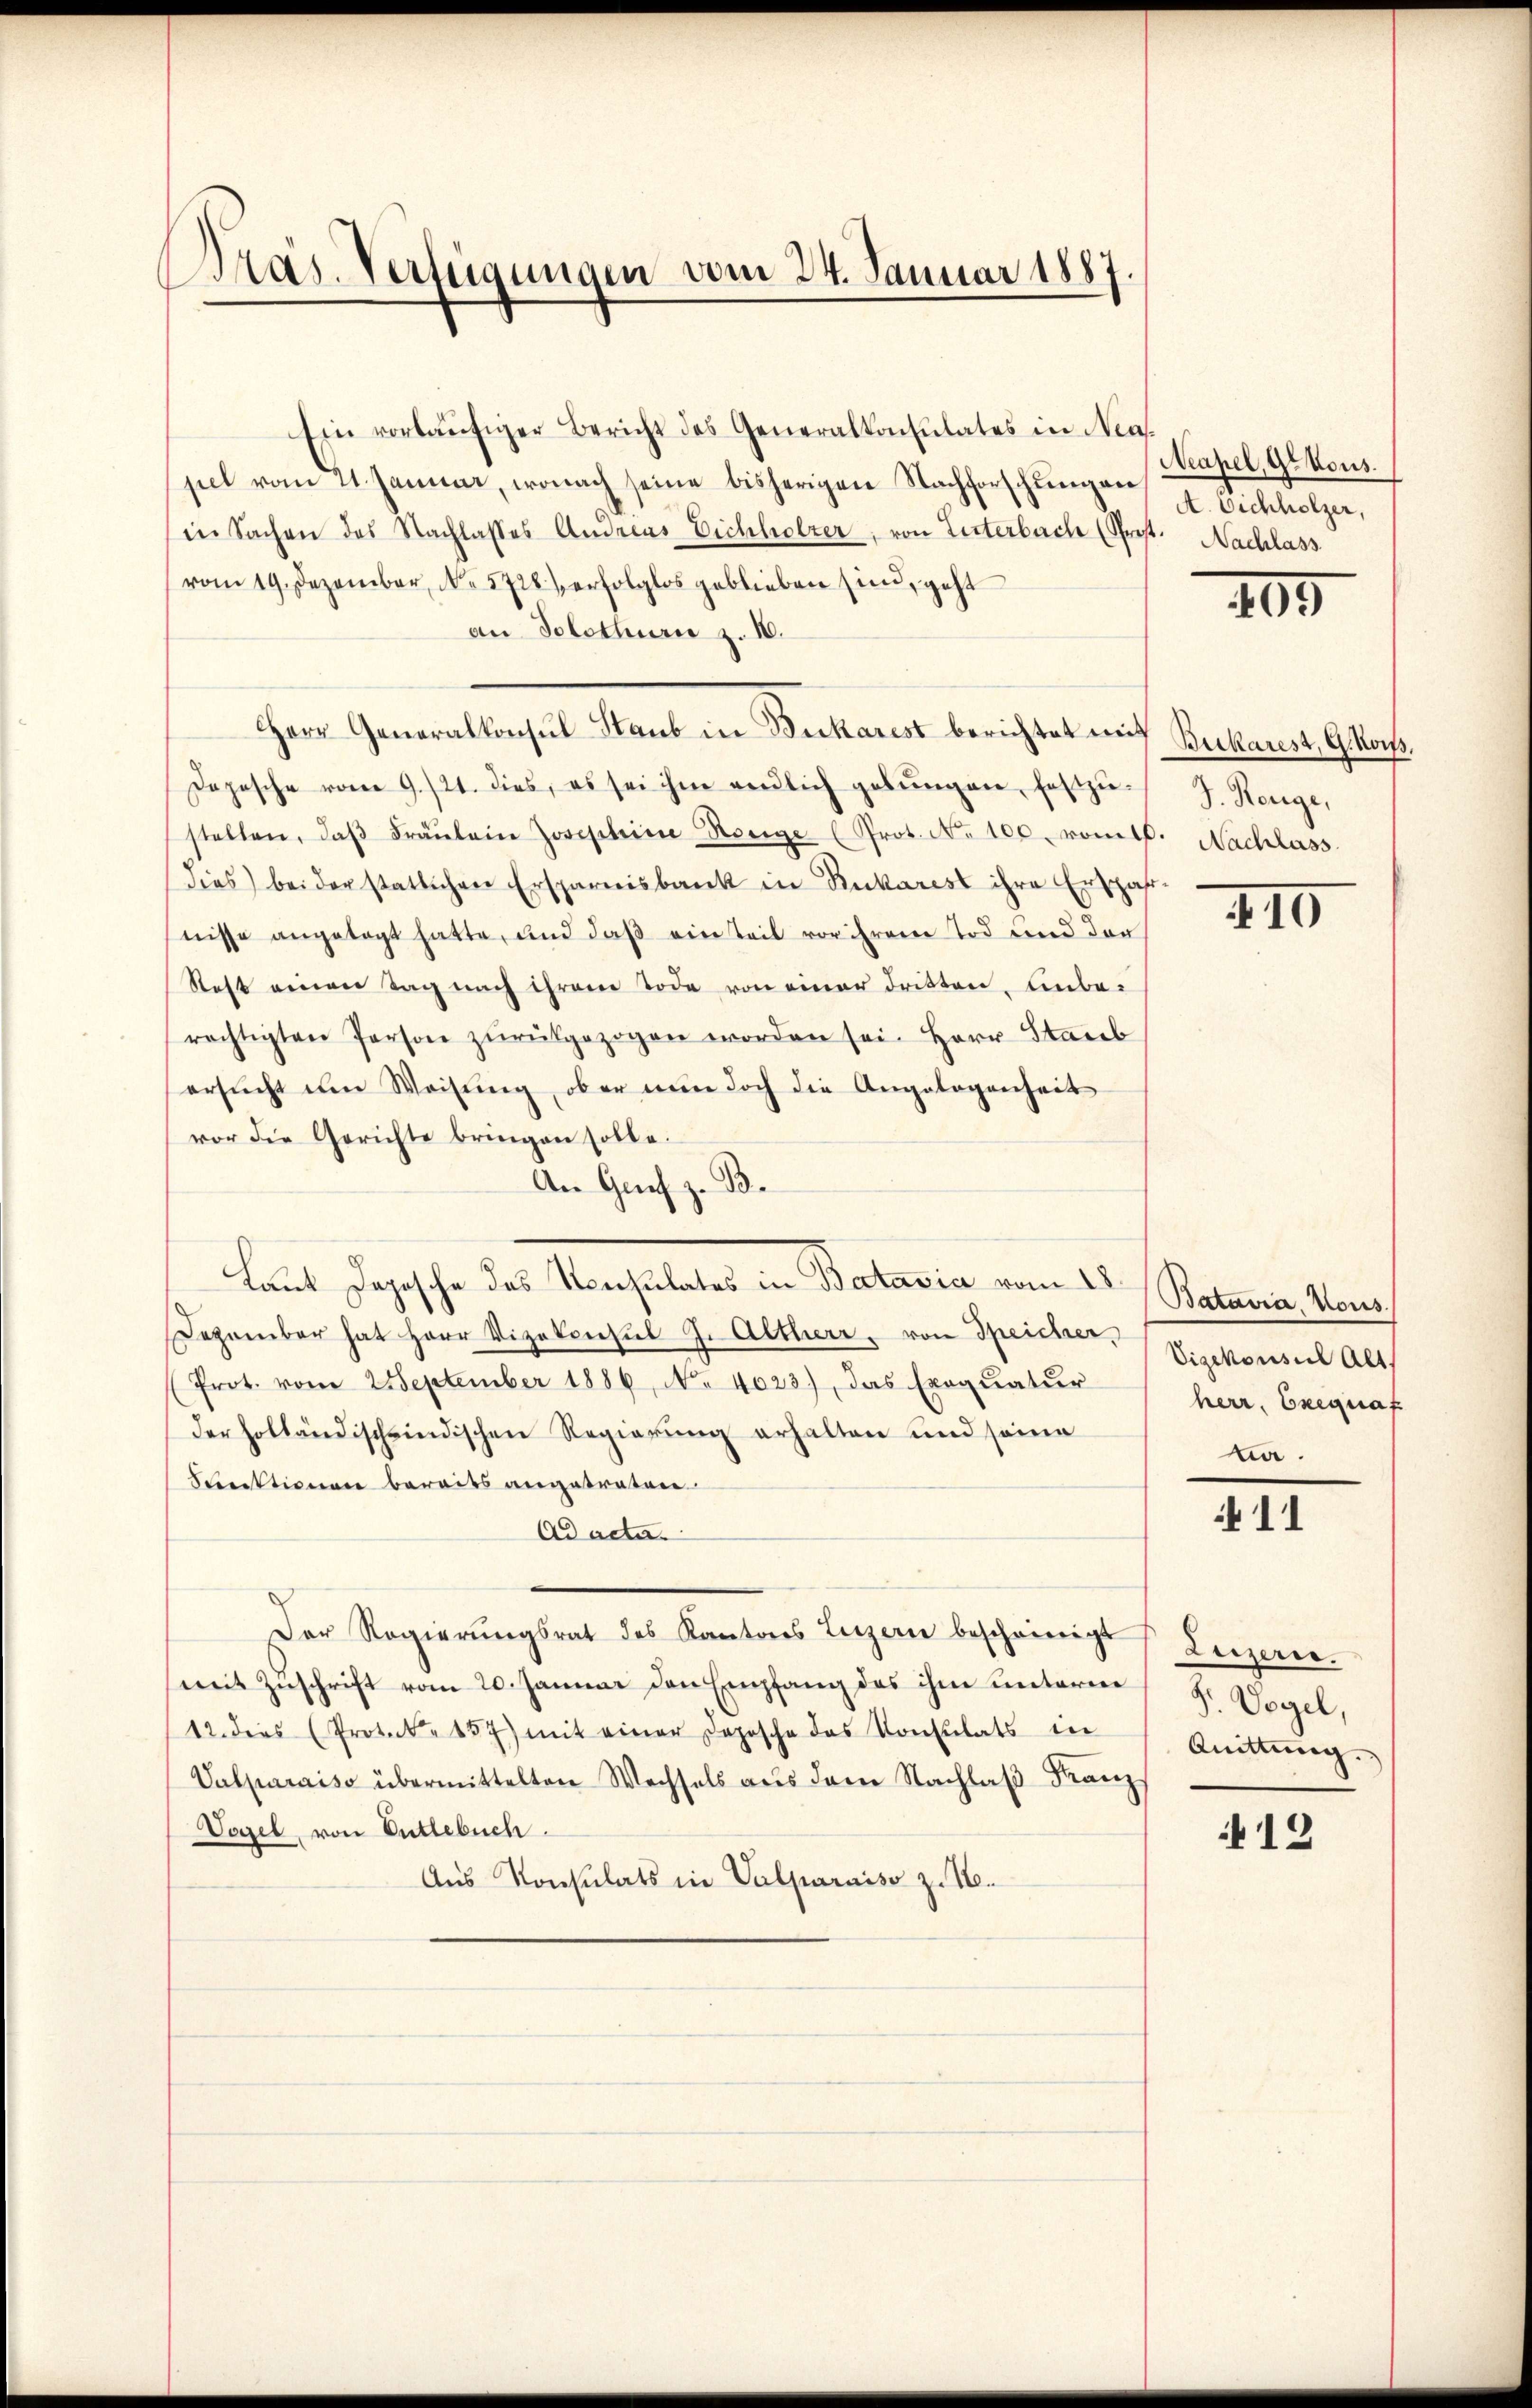
Präs. Verteigungen vom 24. Januar 1887.

Ein vorläufiger Bericht des Generalkonsulates in Nas
pel vom 21. Januar, wonach seine bisherigen Nachforschungen
in Sachen des Nachlasses Andreas Eichholzer, von Literbach (Prost. Nachlass
vom 19. Dezember, No 5728 erfolglos geblieben sind, geht
an Solothurn z. IV.
Herr Generalkonsul Staub in Bucharest berichtet mit Ruckarest, Geor
Depesche vom 9./21. dies, es sei ihm endlich gebŭngen, festzŭ J. Renge,
stellen, daβ Fräŭlein Josephine Horge (Prot. No 100. roml. Nachlass
dies bei der statlichen Ersparnisbank in Rukarest ihre Erspahr
nisse angetagt hatte, und daß ein Teil vor ihrem Tod und der
Rest einen Tag nach ihrem Tode von einer dritten, unberechtigten Person zŭrückgezogen worden sei. Herr Staub
ersucht im Weisung, ob er nun doch die Angelogenheit
vor die Gerichte bringen solle.
An Genf z. B.
laut Depesche des Verhalter in Batavia vom 21.
Dezember hat Herr Vizekonsul J. Altherr, von Speicher, Vizekonsul Alts
(Prot. vom 2 September 1886, No 4023), das Exequatur
der holländischeindischen Regierung erhalten und seine
Punktionen bereits angetreten
Ad acta.
Der Regierŭngsrat des Kantons Luzern bescheinigt
mit Zuschrift vom 20. Januar den Empfang des ihm unterne
12. dies (Protocl. 157) mit einer Depesche das Konsulats in
Valparaiso übermittelten Wechsels aŭs dem Nachlaβ Franz
Vogel, von Entlebuch.
Aus Konsulats in Valparaiso z. 16.

Neapel, Ge tous
A. Eichholzer,

1

405

XII

Batavia, Nous.
herr, Exegnaf
na.

11

Luzern.
S. Vogel,
Quittung

12